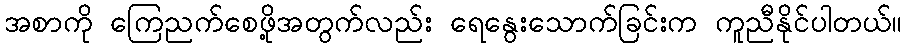
အစာကို ကြေညက်စေဖို့အတွက်လည်း ရေနွေးသောက်ခြင်းက ကူညီနိုင်ပါတယ်။